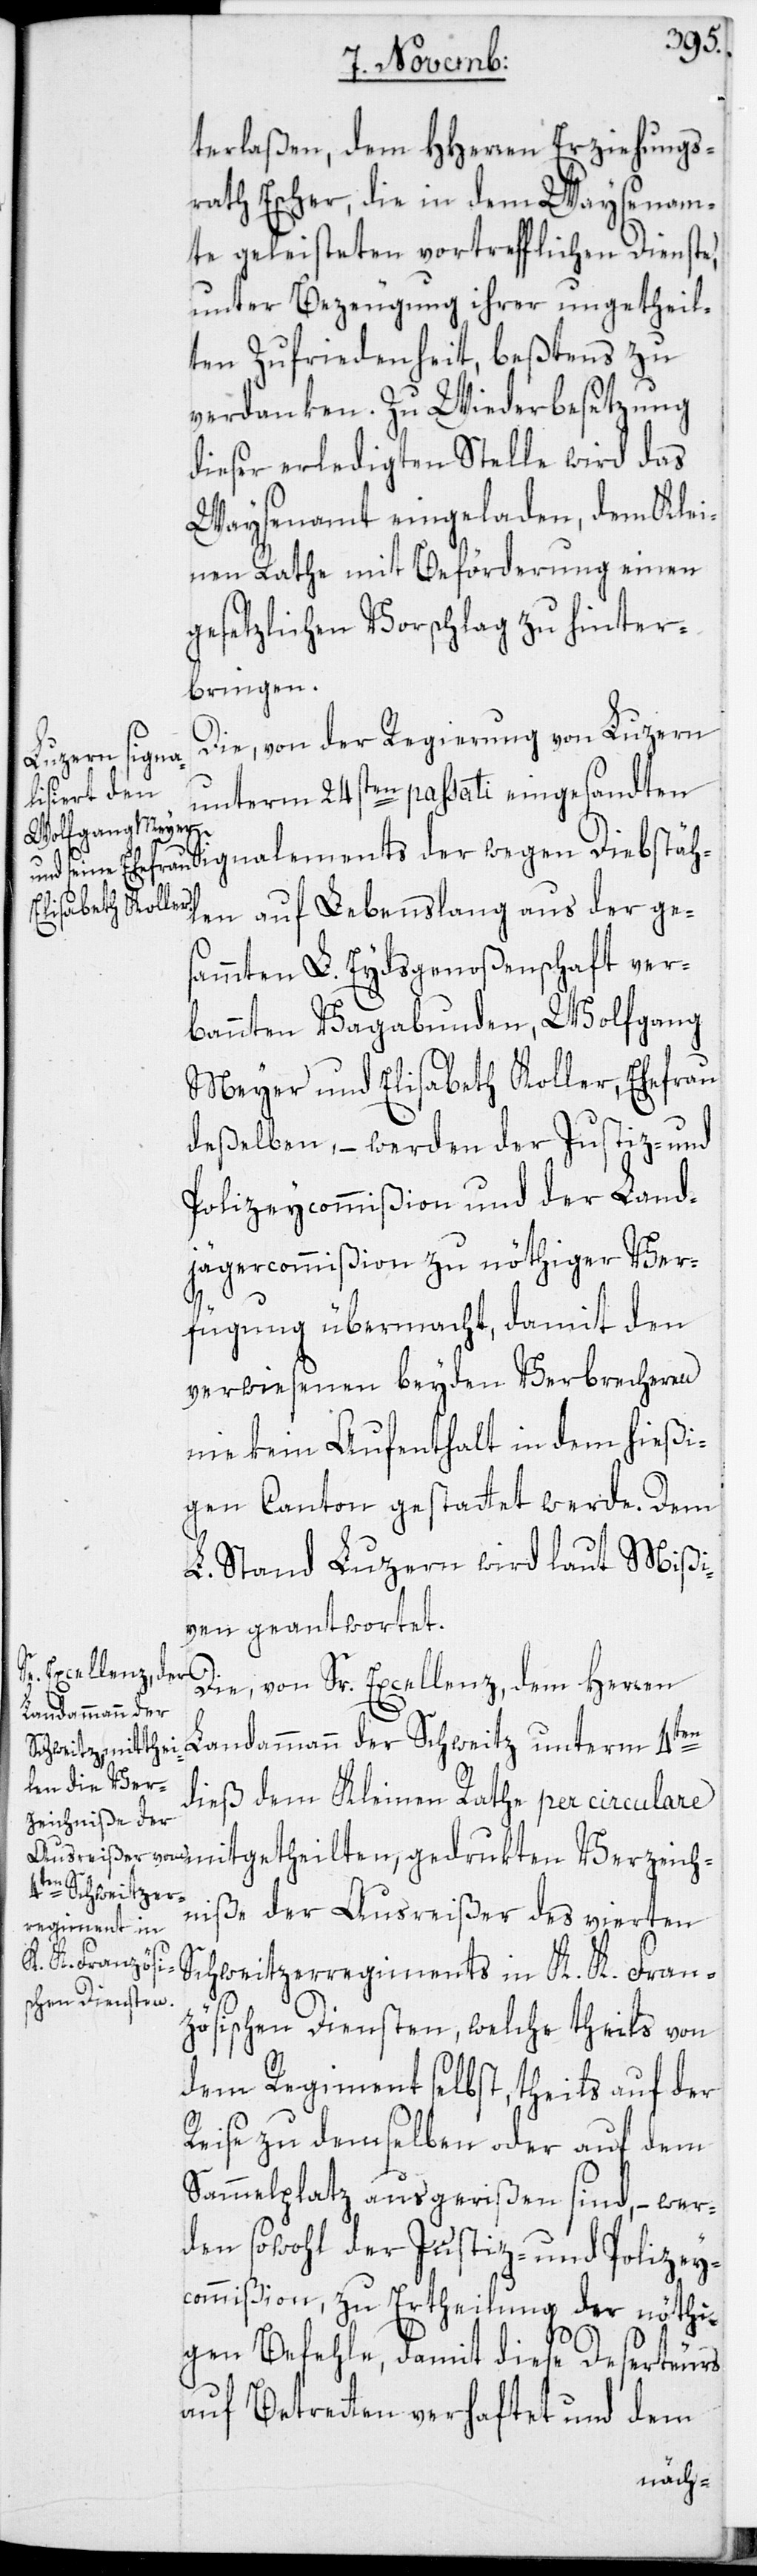
terlaßen, dem HHerren Erziehungs¬
rath Escher, die in dem Waysenam¬
te geleisteten vortrefflichen Dienste,
unter Bezeugung ihrer ungetheil¬
ten Zufriedenheit, beßtens zu
verdanken. Zu Wiederbesetzung
dieser erledigten Stelle wird das
Waysenamt eingeladen, dem Klei¬
nen Rathe mit Beförderung einen
gesetzlichen Vorschlag zu hinter¬
bringen.
Die, von der Regierung von Luzern
unterm 4ten
unterm 24sten passati eingesandten
en auf Lebenslang aus der ges¬
ammten L. Eydsgenoßenschaft ver¬
bannten Vagabunden, Wolfgang
Meyer und Elisabeth Koller, Ehefrau
deßelben, – werden der Justiz- und
Polizeycommißion und der Land¬
jägercommißion zu nöthiger Ver¬
fügung übermacht, damit den
verwiesenen beyden Verbrecheren
nie kein Aufenthalt in dem hießi¬
gen Canton gestattet werde. Dem
L. Stand Luzern wird laut Mißi¬
ven geantwortet.
Die, von Sr. Excellenz, dem Herren
Landammann der
dieß dem Kleinen Rathe per circular¬
e mitgetheilten, gedrukten Verzeich¬
niße der Ausreißer des vierten
Schweitzerregiments in K. K. Fran¬
zösischen Diensten, welche theils von
dem Regiment selbst, theils auf der
Reise zu demselben oder auf dem
Sammelplatz ausgerißen sind, – wer¬
den sowohl der Justiz- und Polizey¬
commißion, zu Ertheilung der nöthi¬
gen Befehle, damit diese Deserteurs
auf Betretten verhaftet und dem